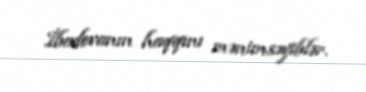
İbadovanın haqqını mənimsəyiblər.